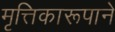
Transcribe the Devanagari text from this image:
मृत्तिकारूपाने